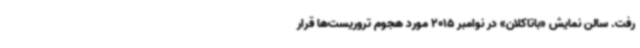
رفت. سالن نمایش «باتاکلان» در نوامبر 2015 مورد هجوم تروریست‌ها قرار